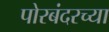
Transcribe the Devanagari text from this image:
पोरबंदरच्या